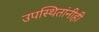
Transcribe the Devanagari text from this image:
उपस्थितांनीही